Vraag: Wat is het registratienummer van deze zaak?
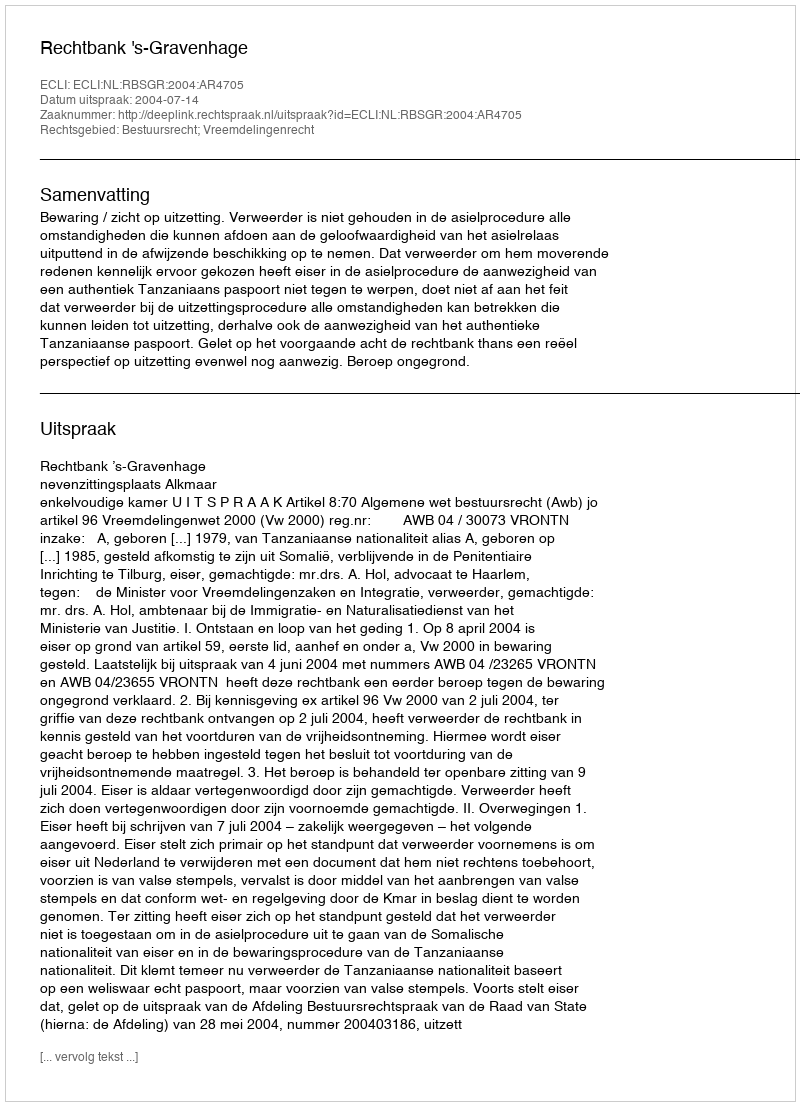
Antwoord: http://deeplink.rechtspraak.nl/uitspraak?id=ECLI:NL:RBSGR:2004:AR4705